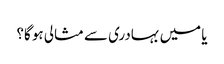
یا میں بہادری سے مثالی ہو گا؟